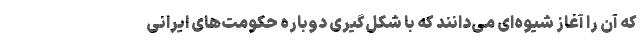
که آن را آغاز شیوه‌ای می‌دانند که با شکل‌گیری دوباره حکومت‌های ایرانی